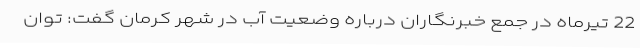
22 تیرماه در جمع خبرنگاران درباره وضعیت آب در شهر کرمان گفت: توان